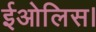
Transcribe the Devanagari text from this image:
ईओलिस।